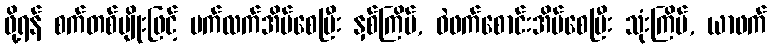
ဖို့ရန် စက်တစ်မျိုးဖြင့် ပက်လက်အိပ်စေပြီး နှစ်ကြိမ်, ဝဲဖက်စောင်းအိပ်စေပြီး သုံးကြိမ်, ယာဖက်